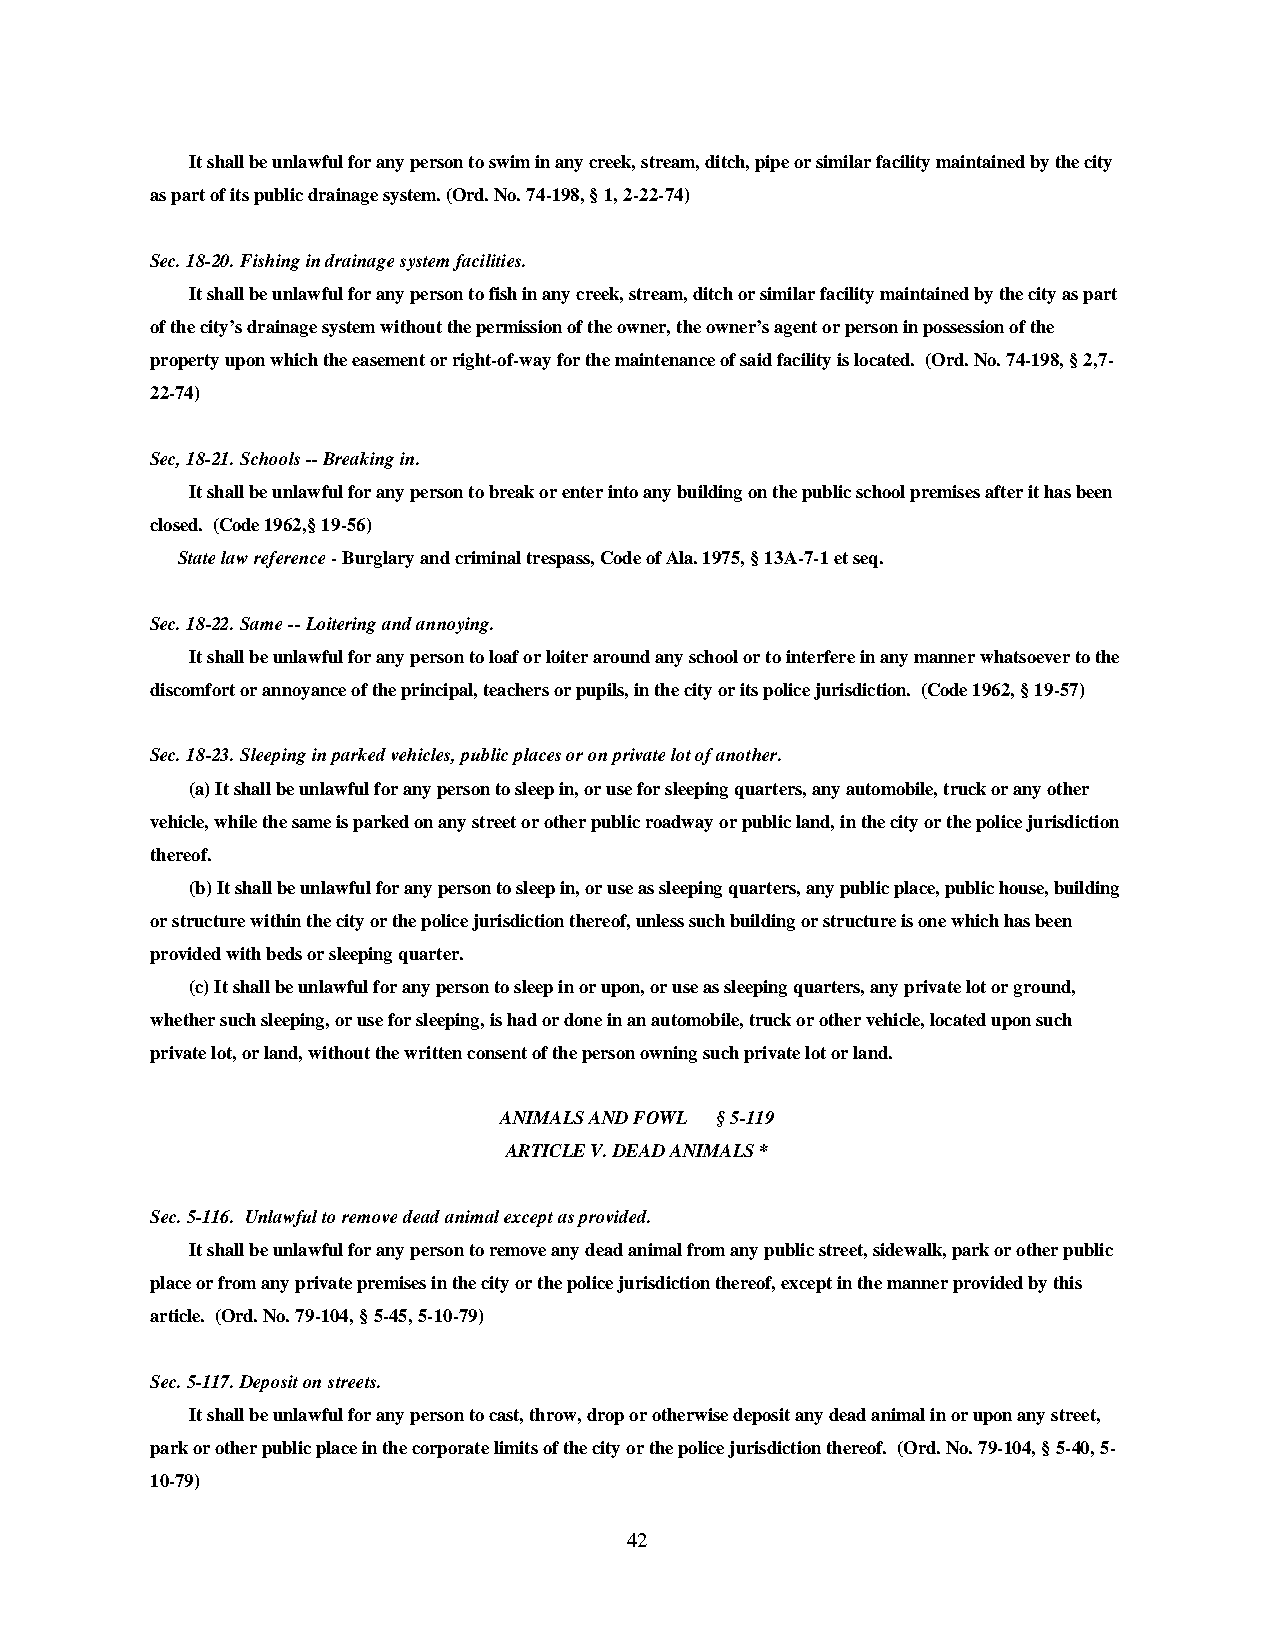
It shall be unlawful for any person to swim in any creek, stream, ditch, pipe or similar facility maintained by the city
 as part of its public drainage system. (Ord. No. 74-198, § 1, 2-22-74)
 Sec. 18-20. Fishing in drainage system facilities.
 It shall be unlawful for any person to fish in any creek, stream, ditch or similar facility maintained by the city as part
 of the city’s drainage system without the permission of the owner, the owner’s agent or person in possession of the
 property upon which the easement or right-of-way for the maintenance of said facility is located. (Ord. No. 74-198, § 2,7-
 22-74)
 Sec, 18-21. Schools -- Breaking in.
 It shall be unlawful for any person to break or enter into any building on the public school premises after it has been
 closed. (Code 1962,§ 19-56)
 State law reference - Burglary and criminal trespass, Code of Ala. 1975, § 13A-7-1 et seq.
 Sec. 18-22. Same -- Loitering and annoying.
 It shall be unlawful for any person to loaf or loiter around any school or to interfere in any manner whatsoever to the
 discomfort or annoyance of the principal, teachers or pupils, in the city or its police jurisdiction. (Code 1962, § 19-57)
 Sec. 18-23. Sleeping in parked vehicles, public places or on private lot of another.
 (a) It shall be unlawful for any person to sleep in, or use for sleeping quarters, any automobile, truck or any other
 vehicle, while the same is parked on any street or other public roadway or public land, in the city or the police jurisdiction
 thereof.
 (b) It shall be unlawful for any person to sleep in, or use as sleeping quarters, any public place, public house, building
 or structure within the city or the police jurisdiction thereof, unless such building or structure is one which has been
 provided with beds or sleeping quarter.
 (c) It shall be unlawful for any person to sleep in or upon, or use as sleeping quarters, any private lot or ground,
 whether such sleeping, or use for sleeping, is had or done in an automobile, truck or other vehicle, located upon such
 private lot, or land, without the written consent of the person owning such private lot or land.
 ANIMALS AND FOWL § 5-119
 ARTICLE V. DEAD ANIMALS *
 Sec. 5-116. Unlawful to remove dead animal except as provided.
 It shall be unlawful for any person to remove any dead animal from any public street, sidewalk, park or other public
 place or from any private premises in the city or the police jurisdiction thereof, except in the manner provided by this
 article. (Ord. No. 79-104, § 5-45, 5-10-79)
 Sec. 5-117. Deposit on streets.
 It shall be unlawful for any person to cast, throw, drop or otherwise deposit any dead animal in or upon any street,
 park or other public place in the corporate limits of the city or the police jurisdiction thereof. (Ord. No. 79-104, § 5-40, 5-
 10-79)
 42